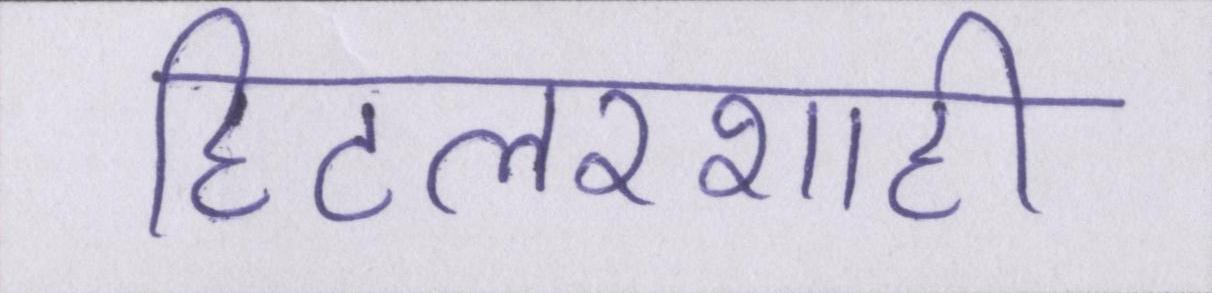
हिटलरशाही